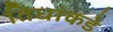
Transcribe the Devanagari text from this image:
तिघांकडे